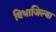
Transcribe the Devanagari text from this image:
विभाजिल्या